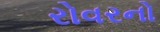
રોવરનો